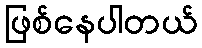
ဖြစ်နေပါတယ်